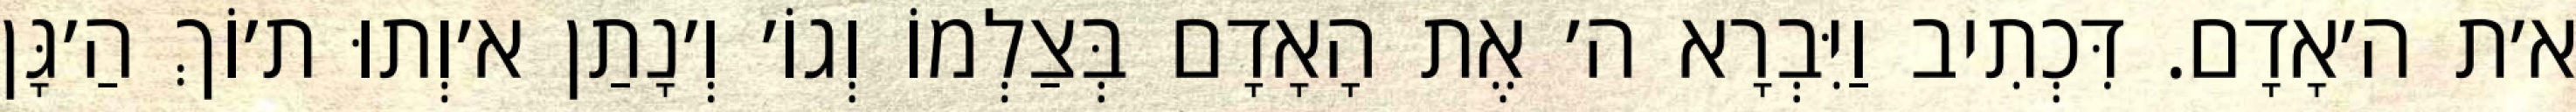
א׳ת ה׳אָדָם. דִּכְתִיב וַיִּבְרָא ה׳ אֶת הָאָדָם בְּצַלְמוֹ וְגוֹ׳ וְ׳נָתַן א׳וְתוּ ת׳וֹךְ הַ׳גָּן